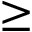
\geq